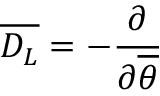
\overline { { { D _ { L } } } } = - \frac { \partial } { \partial \overline { { { \theta } } } }